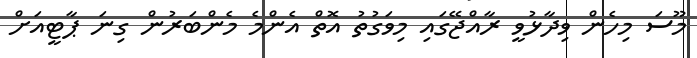
މޫސަ މިހެން ވިދާޅުވީ ރާއްޖޭގައި މިވަގުތު އޮތް އެންމެ މެންބަރުން ގިނަ ޕާޓީއަށް